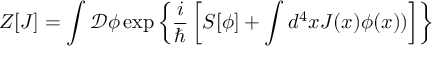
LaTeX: Z [ J ] = \int { \mathcal { D } } \phi \exp \left\{ { \frac { i } { \hbar } } \left[ S [ \phi ] + \int d ^ { 4 } x J ( x ) \phi ( x ) ) \right] \right\}